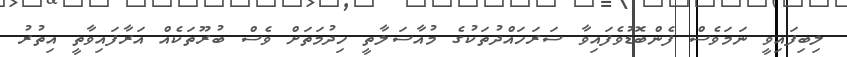
ލިބިފައިވީ ނަމަވެސް ފެންބޮޑުވެފައިވާ ސަރަހައްދުތަކުގެ މުއާސަލާތީ ހިދުމަތަށް ވެސް ބުރޫތަކެއް އަރާފައިވާތީ އިތުރު